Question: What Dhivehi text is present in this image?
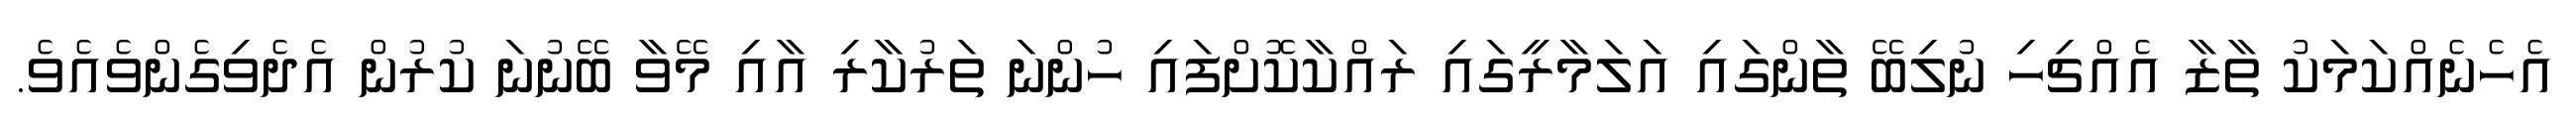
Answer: އެހެނެއްކަމަކު ތާޒާ އެއްޗިހި ނުލިބޭ ތާންގައި އަލަމާރީގައި ރައްކާކޮށްފައި ހުންނަ ތަރުކާރި އާއި މޭވާ ބޭނުނަ ކުރުން އެދެވިގެންވެއެވެ.